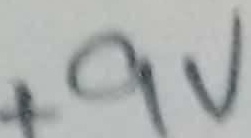
Text: +9V